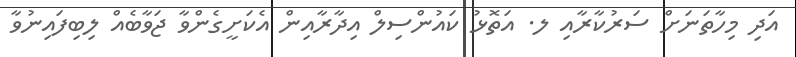
އަދި މިހާތަނަށް ސަރުކާރާއި ލ. އަތޮޅު ކައުންސިލް އިދާރާއިން އެކަށީގެންވާ ޖަވާބެއް ލިބިފައިނުވާ